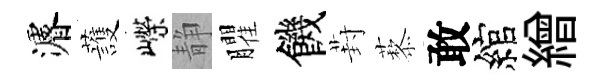
濬䕶嶸静臞饑葑藜敢綰繒